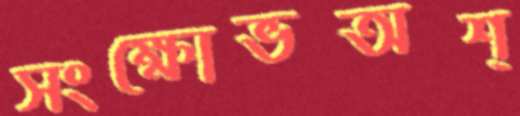
সংক্ষোভঅশ্